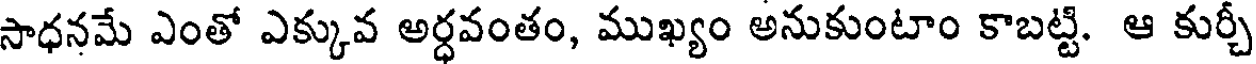
సాధనమే ఎంతో ఎక్కువ అర్ధవంతం, ముఖ్యం అనుకుంటాం కాబట్టి. ఆ కుర్చీ